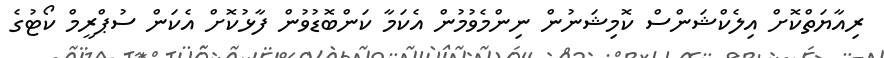
ރިއާޔަތްކޮށް އިލެކްޝަންސް ކޮމިޝަނުން ނިންމެވުމުން އެކަމާ ކަންބޮޑުވުން ފާޅުކޮށް އެކަން ސުޕްރީމް ކޯޓުގެ